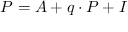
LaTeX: \textstyle P = A + q \cdot P + I \,